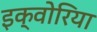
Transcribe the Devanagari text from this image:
इक्वोरिया